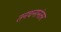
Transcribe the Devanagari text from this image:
तनधनानंतर